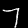
Digit: 7